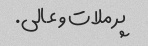
پر ملات و عالی.